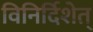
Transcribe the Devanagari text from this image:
विनिर्दिशेत्